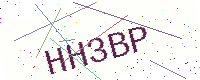
Text: HH3BP